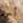
أحد